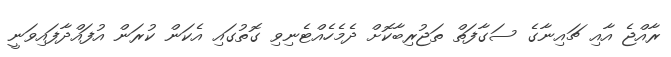
ރާއްޖެ އާއި ޗައިނާގެ ސަގާފަތް ތަޖުރިބާކޮށް ދެމެހެއްޓެނިވި ގޮތުގައި އެކަން ކުރަން އުފައްދާފައިވަނީ